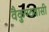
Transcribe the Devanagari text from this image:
वैकुण्ठवासी